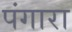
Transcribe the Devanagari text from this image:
पंगारा